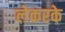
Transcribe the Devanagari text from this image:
लेकरके